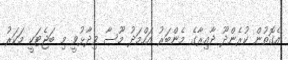
އެގޮތުން ކުރެންދޫ ދާއިރާގެ މެންބަރު އަހްމަދު މޫސާ ވިދާޅުވީ މި ބަޖެޓަކީ މަކަރު